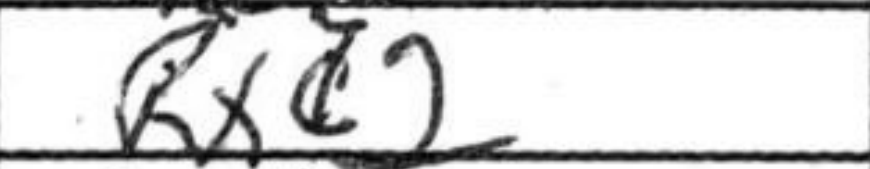
Transcription: Rxc2